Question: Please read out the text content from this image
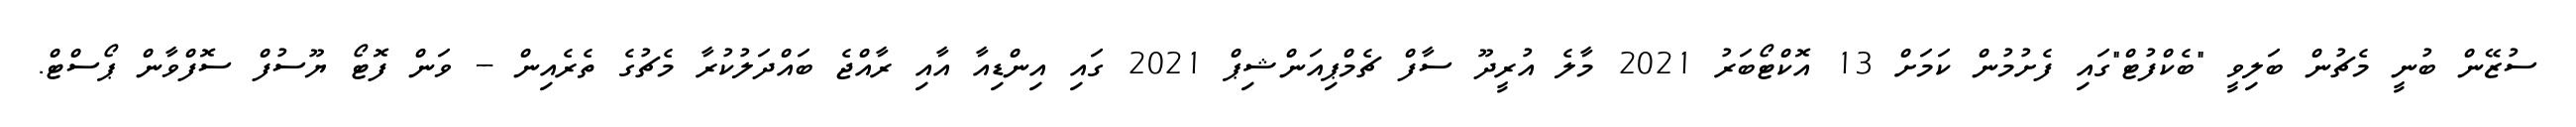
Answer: ސުޒޭން ބުނީ މެޗުން ބަލިވީ "ބެކްފުޓް"ގައި ފެށުމުން ކަމަށް 13 އޮކްޓޯބަރު 2021 މާލެ އުރީދޫ ސާފް ޗެމްޕިއަންޝިޕް 2021 ގައި އިންޑިއާ އާއި ރާއްޖެ ބައްދަލުކުރާ މެޗުގެ ތެރެއިން -- ވަން ފޮޓޯ ޔޫސުފް ސޮފްވާން ޕޯސްޓް.